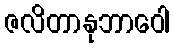
ဇလိတာနုဘာဝေါ